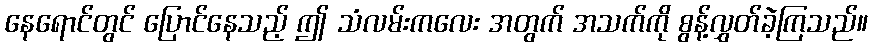
နေရောင်တွင် ပြောင်နေသည့် ဤ သံလမ်းကလေး အတွက် အသက်ကို စွန့်လွှတ်ခဲ့ကြသည်။